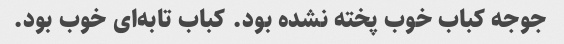
جوجه کباب خوب پخته نشده بود. کباب تابه‌ای خوب بود.